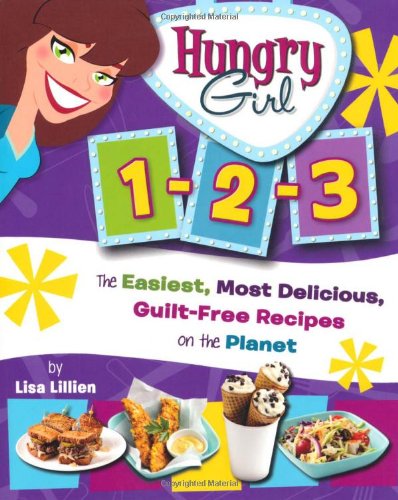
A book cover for Hungry Girl 1-2-3: The Easiest, Most Delicious, Guilt-Free Recipes on the Planet; Lisa Lillien; Health, Fitness & Dieting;